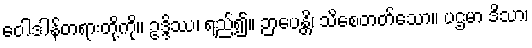
ဝေါဒါန်တရားတို့ကို။ ဥဒ္ဒိဿ၊ ရည်၍။ ဉာပေန္တိ၊ သိစေတတ်သော။ ပဌမာ ဒိသာ၊